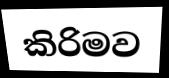
කිරිමව